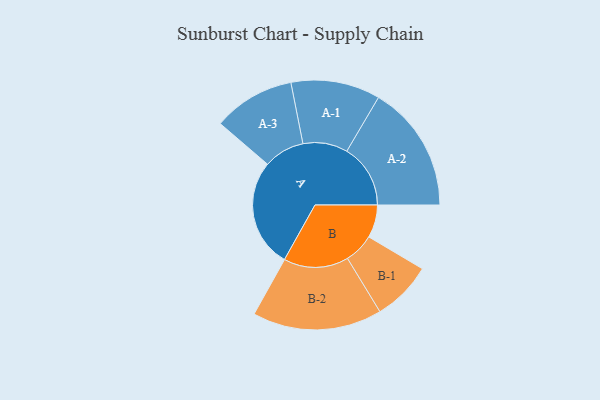
{"axis": {"x": "Segment", "y": "Value"}, "legend": ["", "A", "B"], "data": [{"x": "A", "y": 377, "type": ""}, {"x": "B", "y": 114, "type": ""}, {"x": "A-1", "y": 155, "type": "A"}, {"x": "A-2", "y": 221, "type": "A"}, {"x": "A-3", "y": 142, "type": "A"}, {"x": "B-1", "y": 104, "type": "B"}, {"x": "B-2", "y": 225, "type": "B"}]}